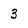
Character: 3